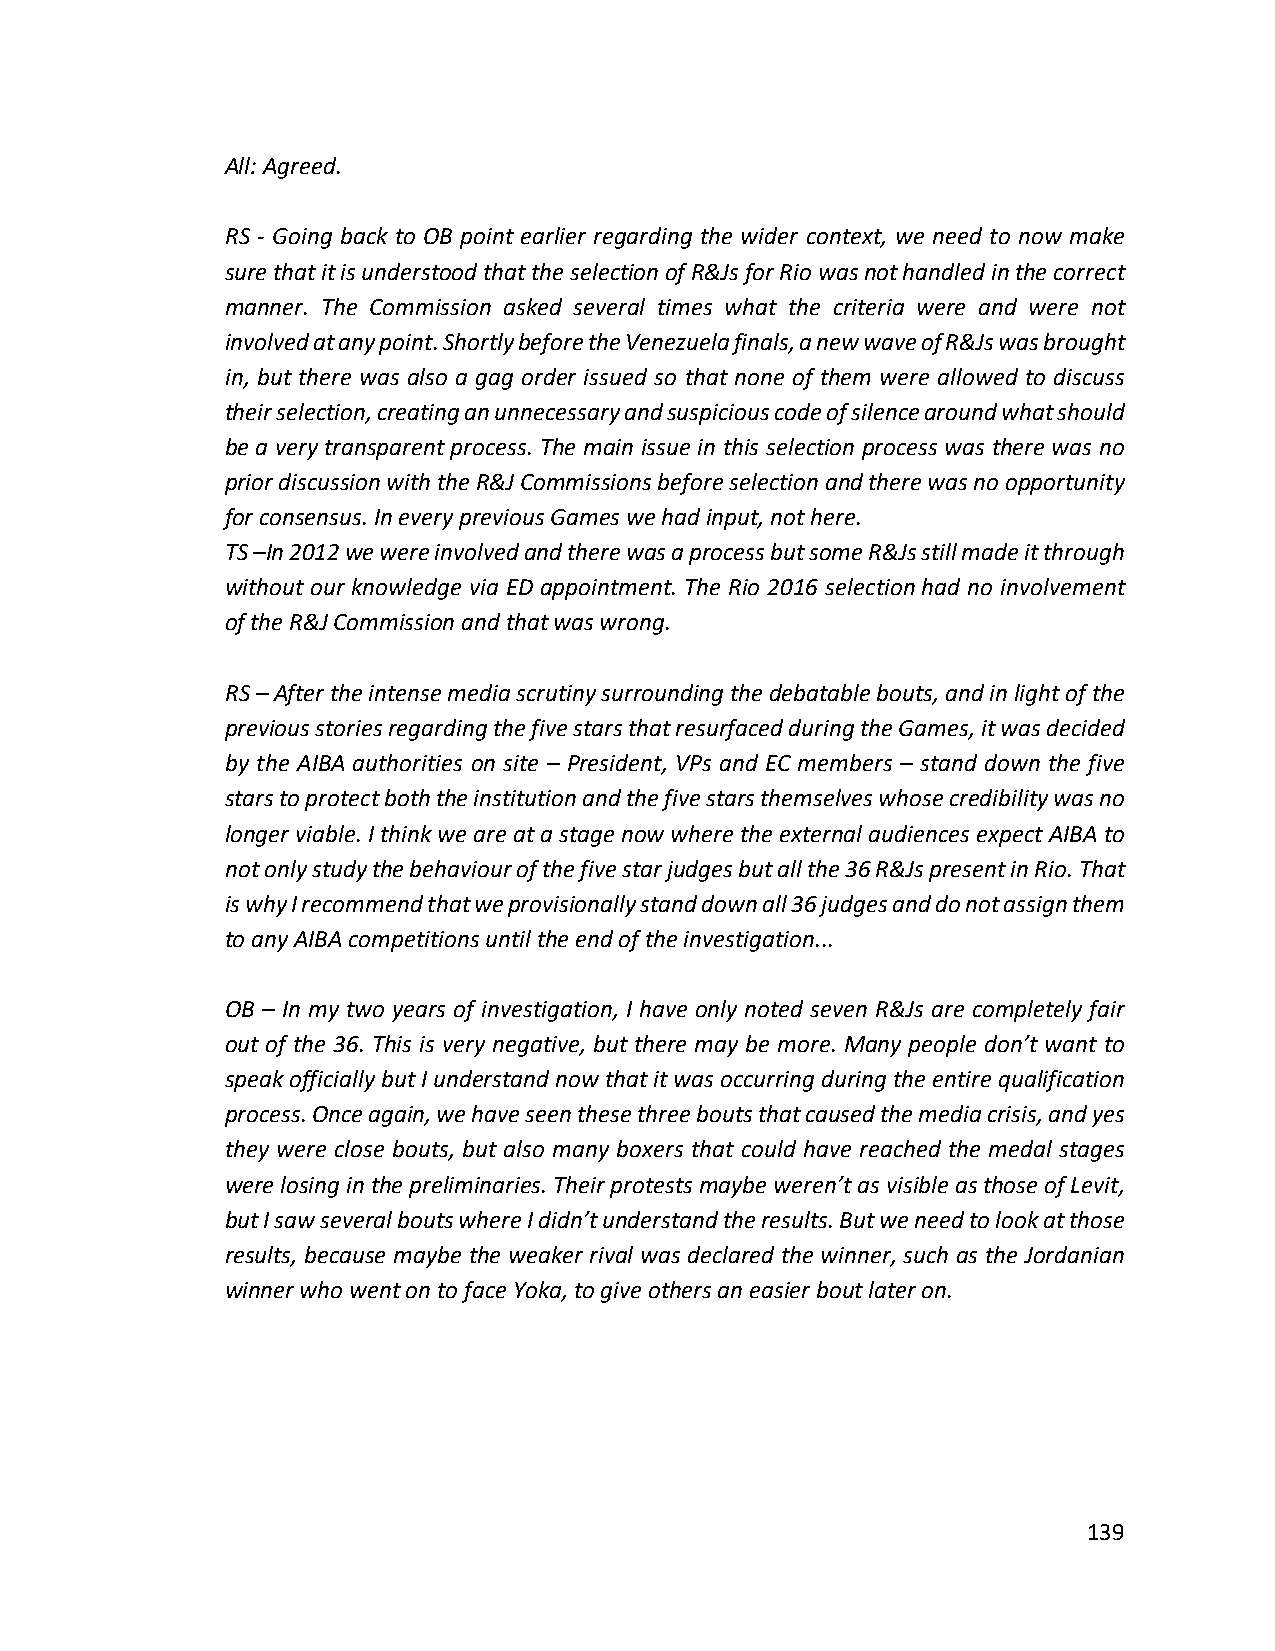
All: Agreed.
 RS - Going back to OB point earlier regarding the wider context, we need to now make
 sure that it is understood that the selection of R&Js for Rio was not handled in the correct
 manner. The Commission asked several times what the criteria were and were not
 involved at any point. Shortly before the Venezuela finals, a new wave of R&Js was brought
 in, but there was also a gag order issued so that none of them were allowed to discuss
 their selection, creating an unnecessary and suspicious code of silence around what should
 be a very transparent process. The main issue in this selection process was there was no
 prior discussion with the R&J Commissions before selection and there was no opportunity
 for consensus. In every previous Games we had input, not here.
 TS –In 2012 we were involved and there was a process but some R&Js still made it through
 without our knowledge via ED appointment. The Rio 2016 selection had no involvement
 of the R&J Commission and that was wrong.
 RS – After the intense media scrutiny surrounding the debatable bouts, and in light of the
 previous stories regarding the five stars that resurfaced during the Games, it was decided
 by the AIBA authorities on site – President, VPs and EC members – stand down the five
 stars to protect both the institution and the five stars themselves whose credibility was no
 longer viable. I think we are at a stage now where the external audiences expect AIBA to
 not only study the behaviour of the five star judges but all the 36 R&Js present in Rio. That
 is why I recommend that we provisionally stand down all 36 judges and do not assign them
 to any AIBA competitions until the end of the investigation...
 OB – In my two years of investigation, I have only noted seven R&Js are completely fair
 out of the 36. This is very negative, but there may be more. Many people don’t want to
 speak officially but I understand now that it was occurring during the entire qualification
 process. Once again, we have seen these three bouts that caused the media crisis, and yes
 they were close bouts, but also many boxers that could have reached the medal stages
 were losing in the preliminaries. Their protests maybe weren’t as visible as those of Levit,
 but I saw several bouts where I didn’t understand the results. But we need to look at those
 results, because maybe the weaker rival was declared the winner, such as the Jordanian
 winner who went on to face Yoka, to give others an easier bout later on.
 139